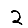
Digit: 2